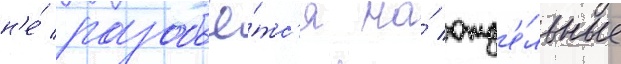
н'е́ разобьё́тс'я на́ отд'е́льные